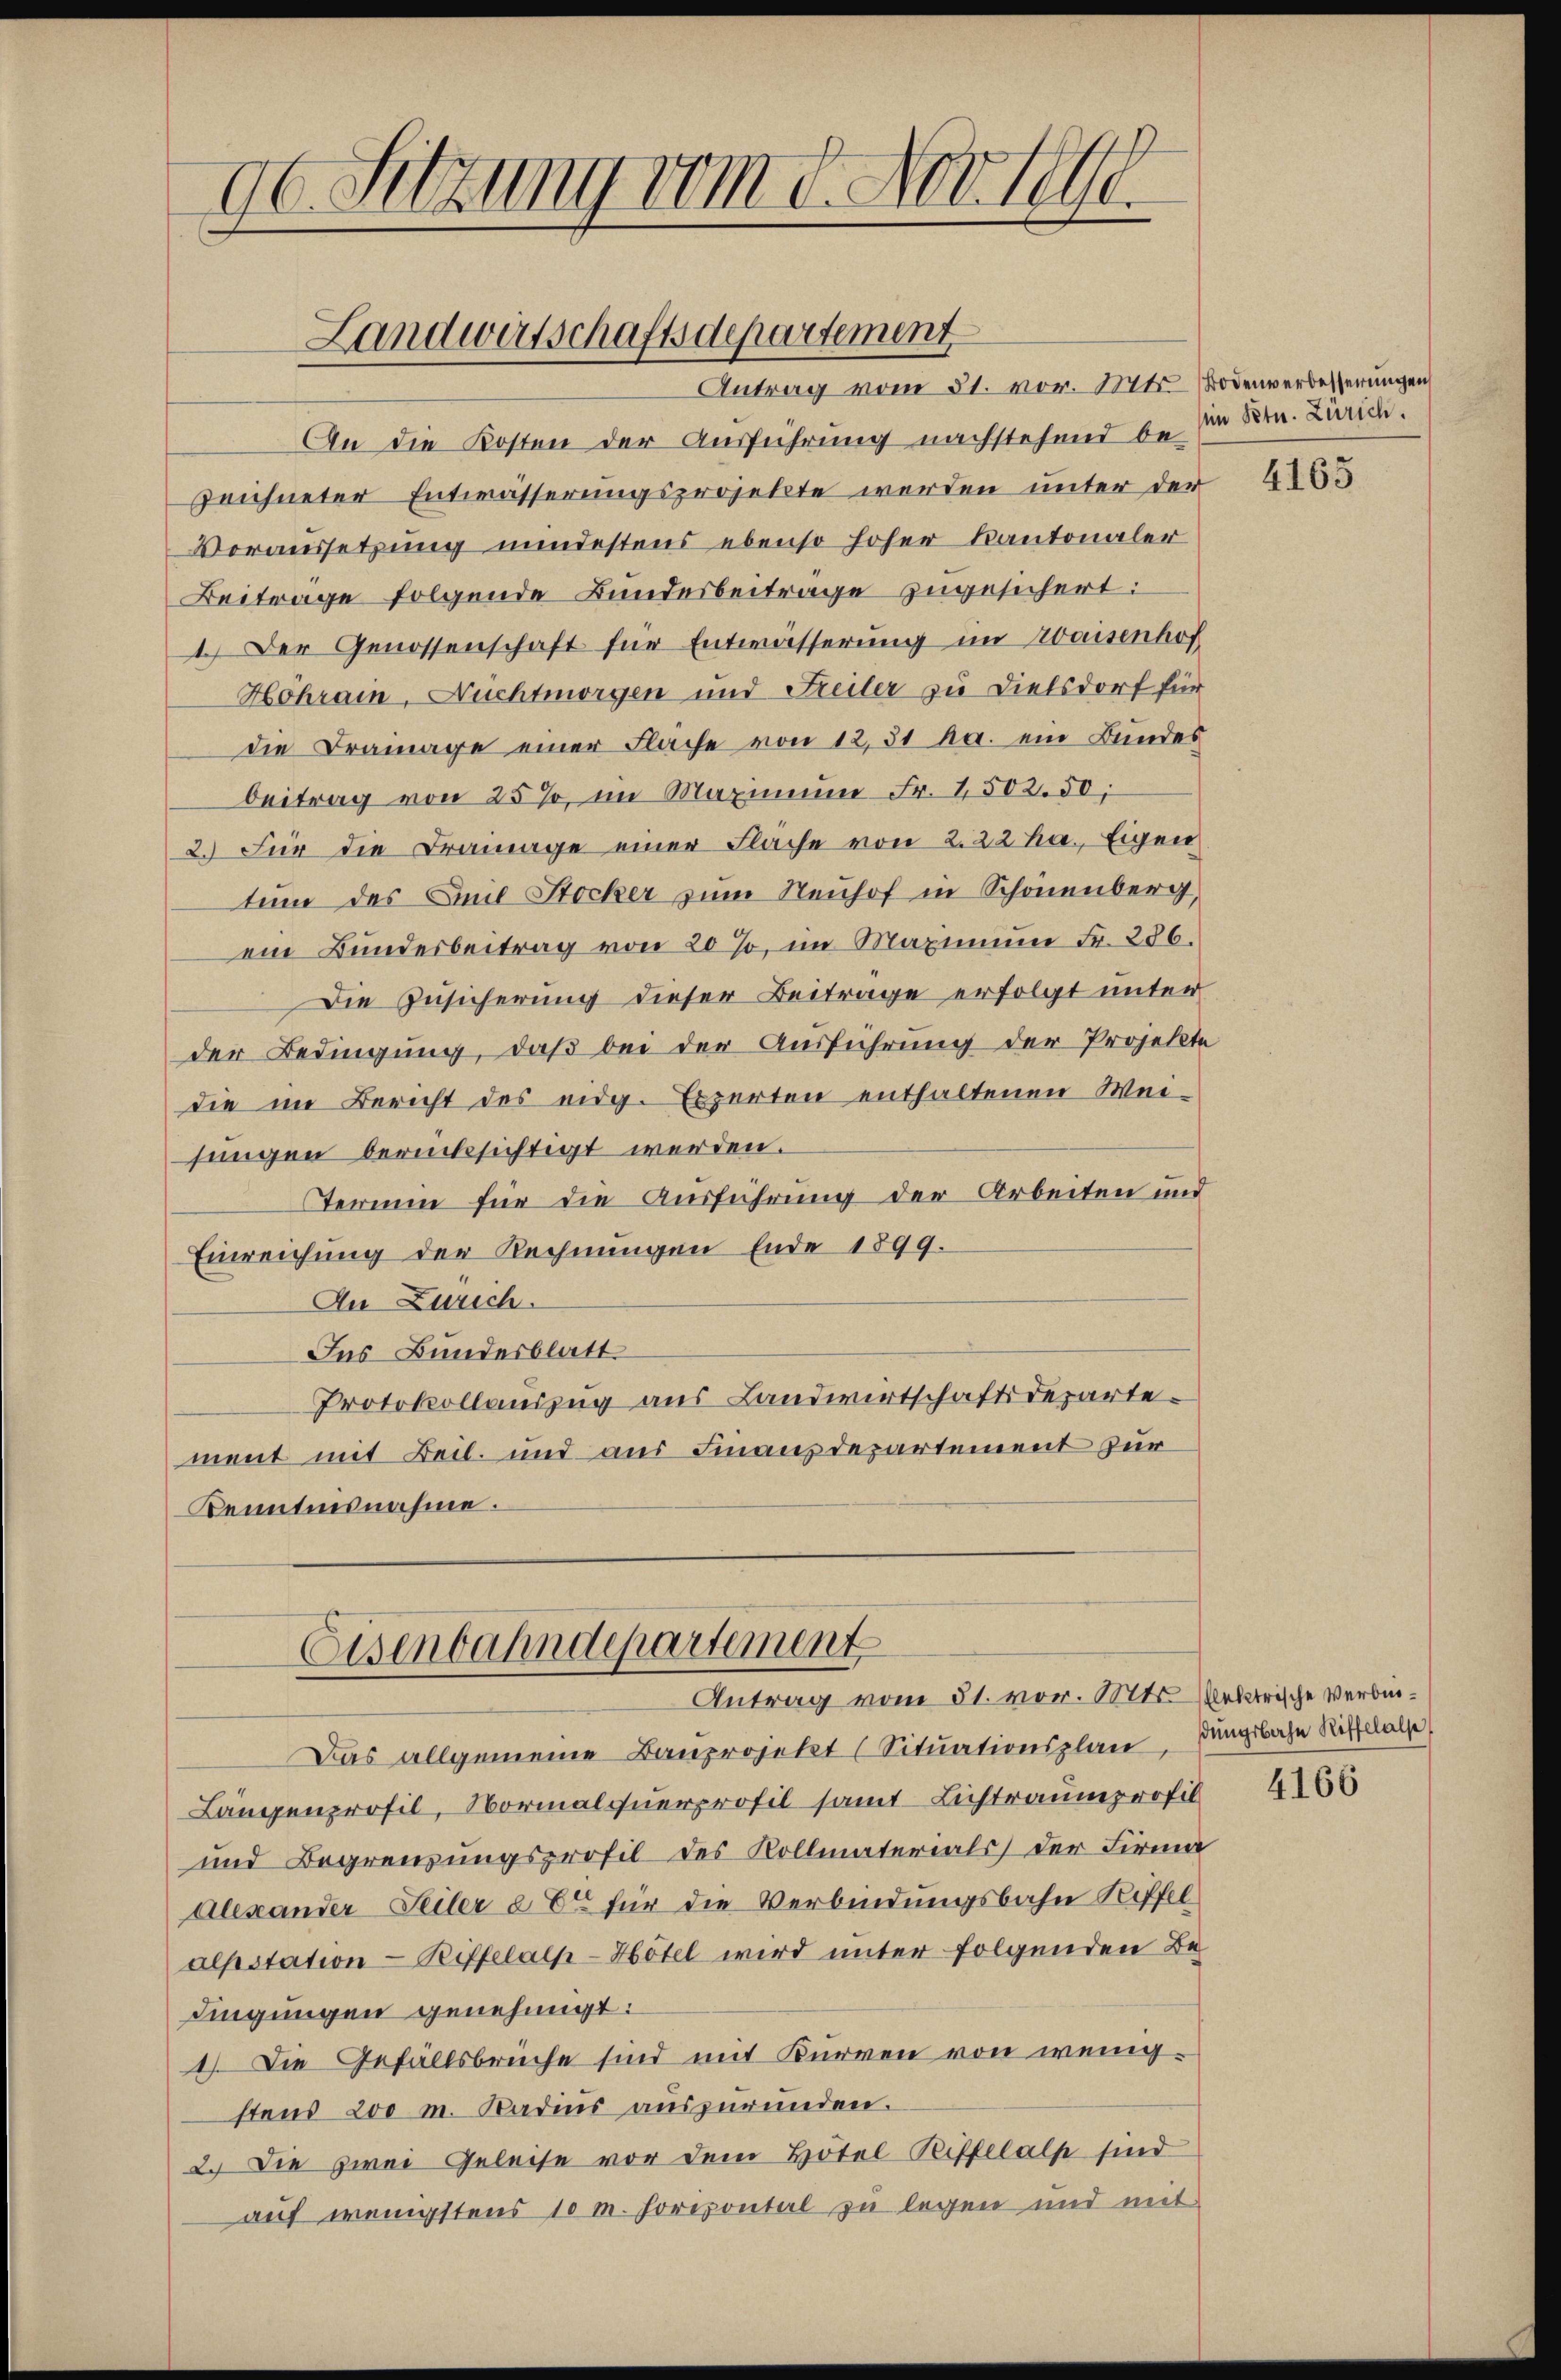
96. Sitzung vom 8. Novell

Landwirtschaftsdepartement

Antrag vom 31. vor. Mts. Bodenverbesserungen
An die Kosten der Ausführung nachstehend be-
zeichneter Entwässerungsprojekte werden unter der
Voraussetzung mindestens ebenso hoher Kantonaler
Beitrage folgende Bundesbeitrage zugesichert:
1.) Der Genossenschaft für Entwässerung im Waisenhof
Höhrain, Nuchtmorgen und Freiler zu Dielsdorf für
die Dramage einer Flache von 12,31 ha. ein Bundes
beitrag von 25%, im Maximum Fr. 1502. 50;
2. Für die Dramage einer Flache von 2. 22 ha., Eigen
tum des Emil Stocker zum Neuhof in Schönenberg
ein Bundesbeitrag von 20 %, im Maximum Fr. 286.
Die Zusicherung dieser Beitrage erfolgt unter
der Bedingung, daß bei der Ausführung der Projekte
die im Bericht des eidg. Experten enthaltenen Weijungen berücksichtigt werden.
Termin für die Ausführung der Arbeiten und
Einreichung der Rechnungen Ende 1899.
In Zürich.
Das Bundesblatt
Protokollauszug aus Landwirtschaftsdepartement mit Beil. und aus Finanzdepartement zur
Kenntnisnahme.
Eisenbahndepartement
Antrag vom 31. vor. Mts. bektrische Verbin¬
Das allgemeine Bauprojekt (Situationsplane, Jungbahn Riffelle
Längenprofil, Normalquerprofil samt Lichtraumprofil
und Begrenzungsprofil des Kollmaterials der Firma
Alexander Teiler a Er für die Verbindungsbahn Riffelalpstation - Riffelalp-Hotel wird unter folgenden Be
dingungen genehmigt:
1.) Die Gefällsbrüche sind mit Kurren von wenigstens 200 m. Radius auszurunden.
2. Die zwei Geleise vor dem Hotel Pittelalp sind
auf wenigstens 10 m. Horizontal zu legen und mit

im Petn. Zürich.

4165

4166